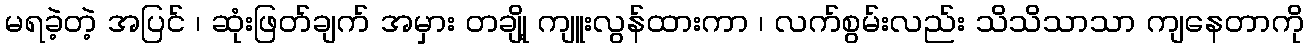
မရခဲ့တဲ့ အပြင် ၊ ဆုံးဖြတ်ချက် အမှား တချို့ ကျူးလွန်ထားကာ ၊ လက်စွမ်းလည်း သိသိသာသာ ကျနေတာကို